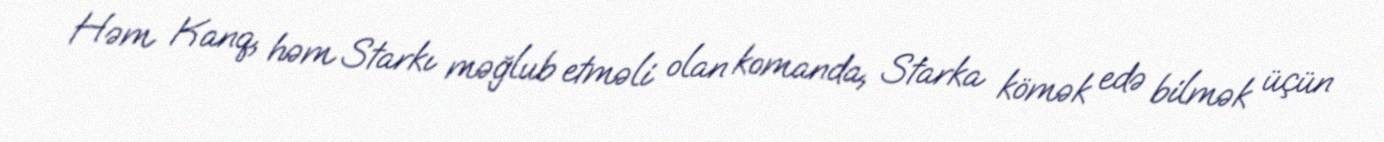
Həm Kanq, həm Starkı məğlub etməli olan komanda, Starka kömək edə bilmək üçün